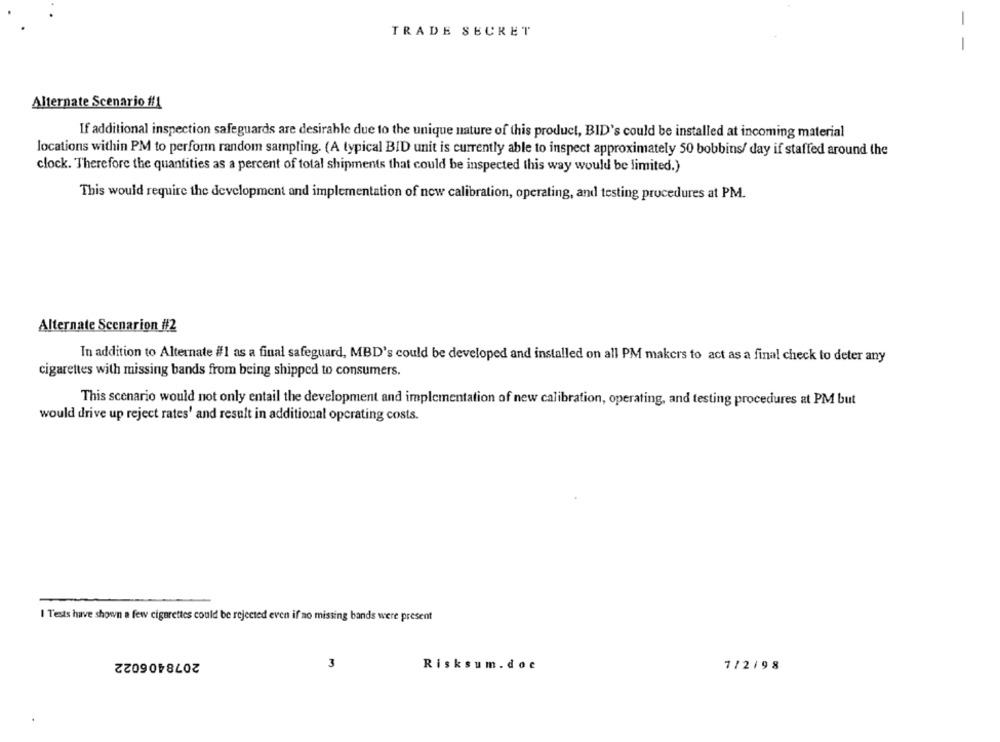
-
TRADE SECRET
-
Alternate Scenario #f1
If additional inspection safeguards are desirable due to the unique nature of this product, BID's could be installed at incoming material
locations within PM to perfonn random sampling. (A typical BID unit is currently able to inspect approximately 50 bobbins/ day if staffed around the
clock. Therefore the quantities as a percent of total shipments that could be inspected this way would be limited.)
This would require the development and implementation of new calibration, operating, and testing procedures at PM.
Alternate Scenarion #2
In addition to Alternate #1 as a final safeguard, MBD's could be developed and installed on all PM makers to act as a final check to deter any
cigarettes with missing bands from being shipped to consumers.
This scenario would not only entail the development and implementation of new calibration, operating, and testing procedures at PM but
would drive up reject rates' and result in additional operating costs.
I Tests have shown a few cigarettes could be rejected even if no missing bands were present
2078406022
3
Risksum.doc
7/2/98